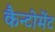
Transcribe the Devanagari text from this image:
कैन्‍टोमेंट